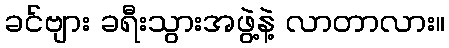
ခင်ဗျား ခရီးသွားအဖွဲ့နဲ့ လာတာလား။